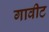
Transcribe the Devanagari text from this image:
गावीट